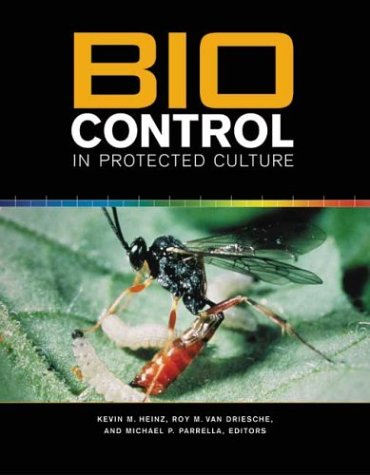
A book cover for Biocontrol in Protected Culture; Crafts, Hobbies & Home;